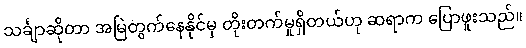
သင်္ချာဆိုတာ အမြဲတွက်နေနိုင်မှ တိုးတက်မှုရှိတယ်ဟု ဆရာက ပြောဖူးသည်။